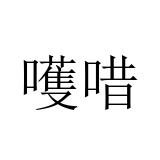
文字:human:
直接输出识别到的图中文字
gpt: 嚄唶